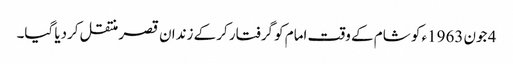
4 جون 1963ء کو شام کے وقت امام کو گرفتار کرکے زندان قصر منتقل کردیا گیا۔